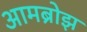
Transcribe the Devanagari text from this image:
आमब्रोझ